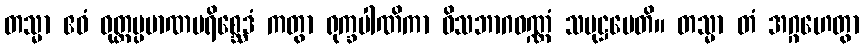
တသ္မာ ဧဝံ ဝုတ္တပ္ပမာဏပရိစ္ဆေဒံ ကတွာ ရုက္ခပါဏိကာ ဝိသဘာဂဝဏ္ဏံ သမုဋ္ဌပေတိ။ တသ္မာ တံ အဂ္ဂဟေတွာ